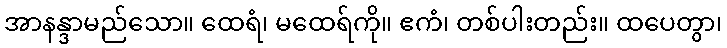
အာနန္ဒာမည်သော။ ထေရံ၊ မထေရ်ကို။ ဧကံ၊ တစ်ပါးတည်း။ ထပေတွာ၊